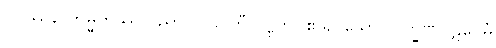
ဝိပဿနာကမ္မိကဿ ပညာ ဗလဝတီ ဝဋ္ဋတိ။ ဧဝဉှိ သော လက္ခဏပဋိဝေဓံ